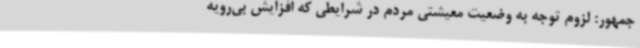
جمهور: لزوم توجه به وضعیت معیشتی مردم در شرایطی که افزایش بی‌رویه